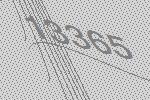
13365